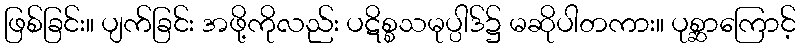
ဖြစ်ခြင်း။ ပျက်ခြင်း အဖို့ကိုလည်း ပဋိစ္စသမုပ္ပါဒ်၌ မဆိုပါတကား။ ပုစ္ဆာကြောင့်